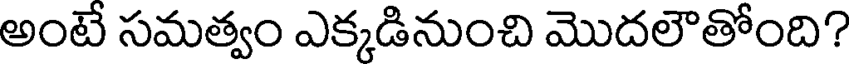
అంటే సమత్వం ఎక్కడినుంచి మొదలౌతోంది?